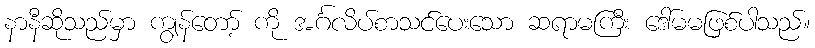
နာနီဆိုသည်မှာ ကျွန်တော့် ကို အင်္ဂလိပ်စာသင်ပေးသော ဆရာမကြီး ဒေါ်မမဖြစ်ပါသည်။